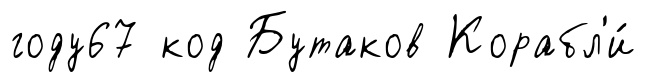
году67 код Бутаков Корабл'и́